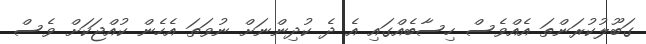
ގަބޫލުކުރަންތަ އެއްވެސް ހިސާބެއްގައި އެ ދެ ކުދިންނަށް ނުވަތަ އެހެން ކުއްޖަކަށް ވެސް